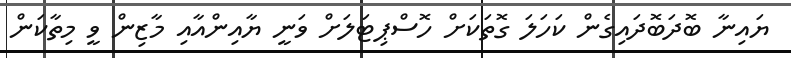
ޔައިނާ ބޮދަބޮދައިގެން ކަހަލަ ގޮތަކަށް ހޮސްޕިޓަލަށް ވަނީ ޔާއިންއާއި މާޒިން ވީ މިތާކަން